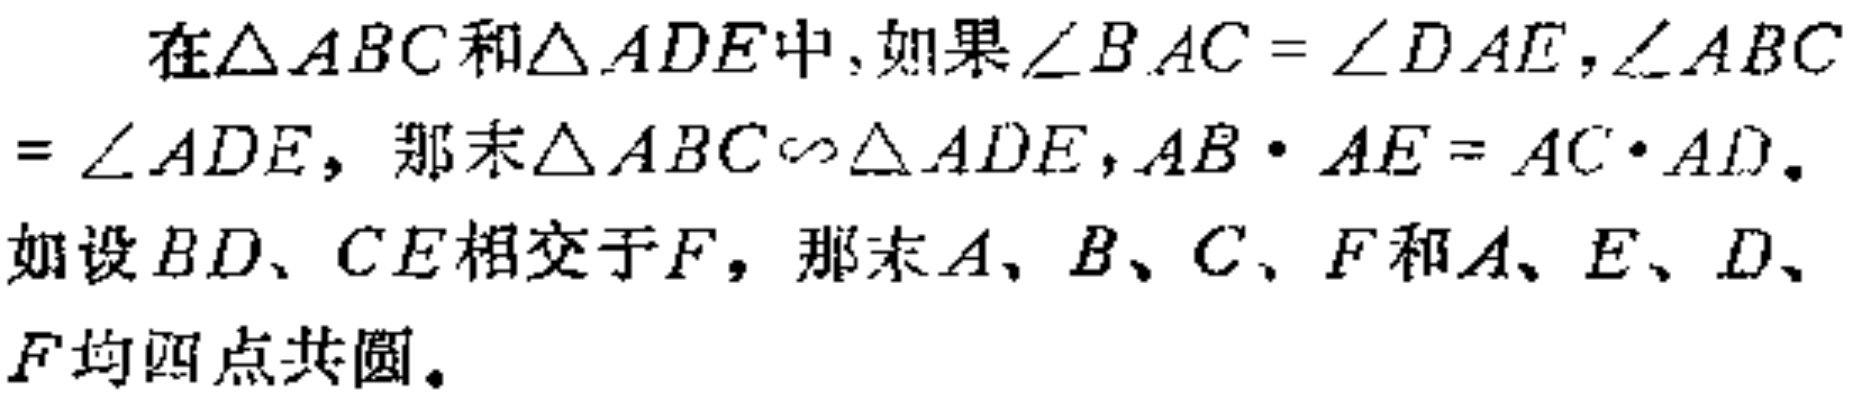
在$\triangle ABC$和$\triangle ADE$中,如果$\angle BAC = \angle DAE$,$\angle ABC = \angle ADE$, 那么$\triangle ABC\sim\triangle ADE$,$AB\cdot AE = AC\cdot AD$.
如设$BD、CE$相交于$F$, 那么$A、B、C、F$和$A、E、D、F$均四点共圆。